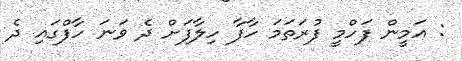
: އަމީން ފަހްމީ ފުރަތަމަ ހާފާ ހިލާފަށް ދެ ވަނަ ހާފްގައި ދެ